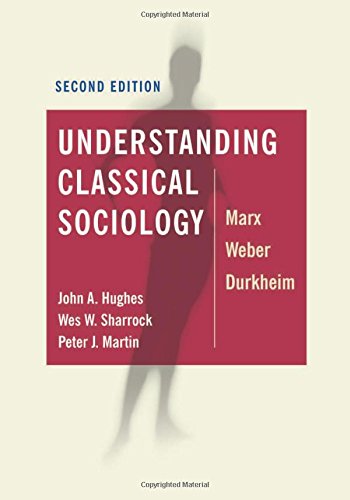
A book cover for Understanding Classical Sociology: Marx, Weber, Durkheim; John Hughes; Politics & Social Sciences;